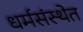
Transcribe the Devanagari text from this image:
धर्मसंस्थेत